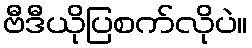
ဗီဒီယိုပြစက်လိုပဲ။